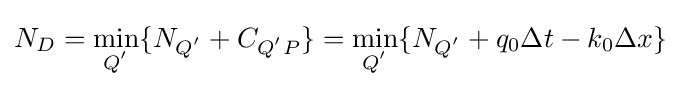
N_{D}=\min _{Q^{'}}\{N_{Q^{'}}+C_{Q^{'}P}\}=\min _{Q^{'}}\{N_{Q^{'}}+q_{0}\Delta {t}-k_{0}\Delta {x}\}